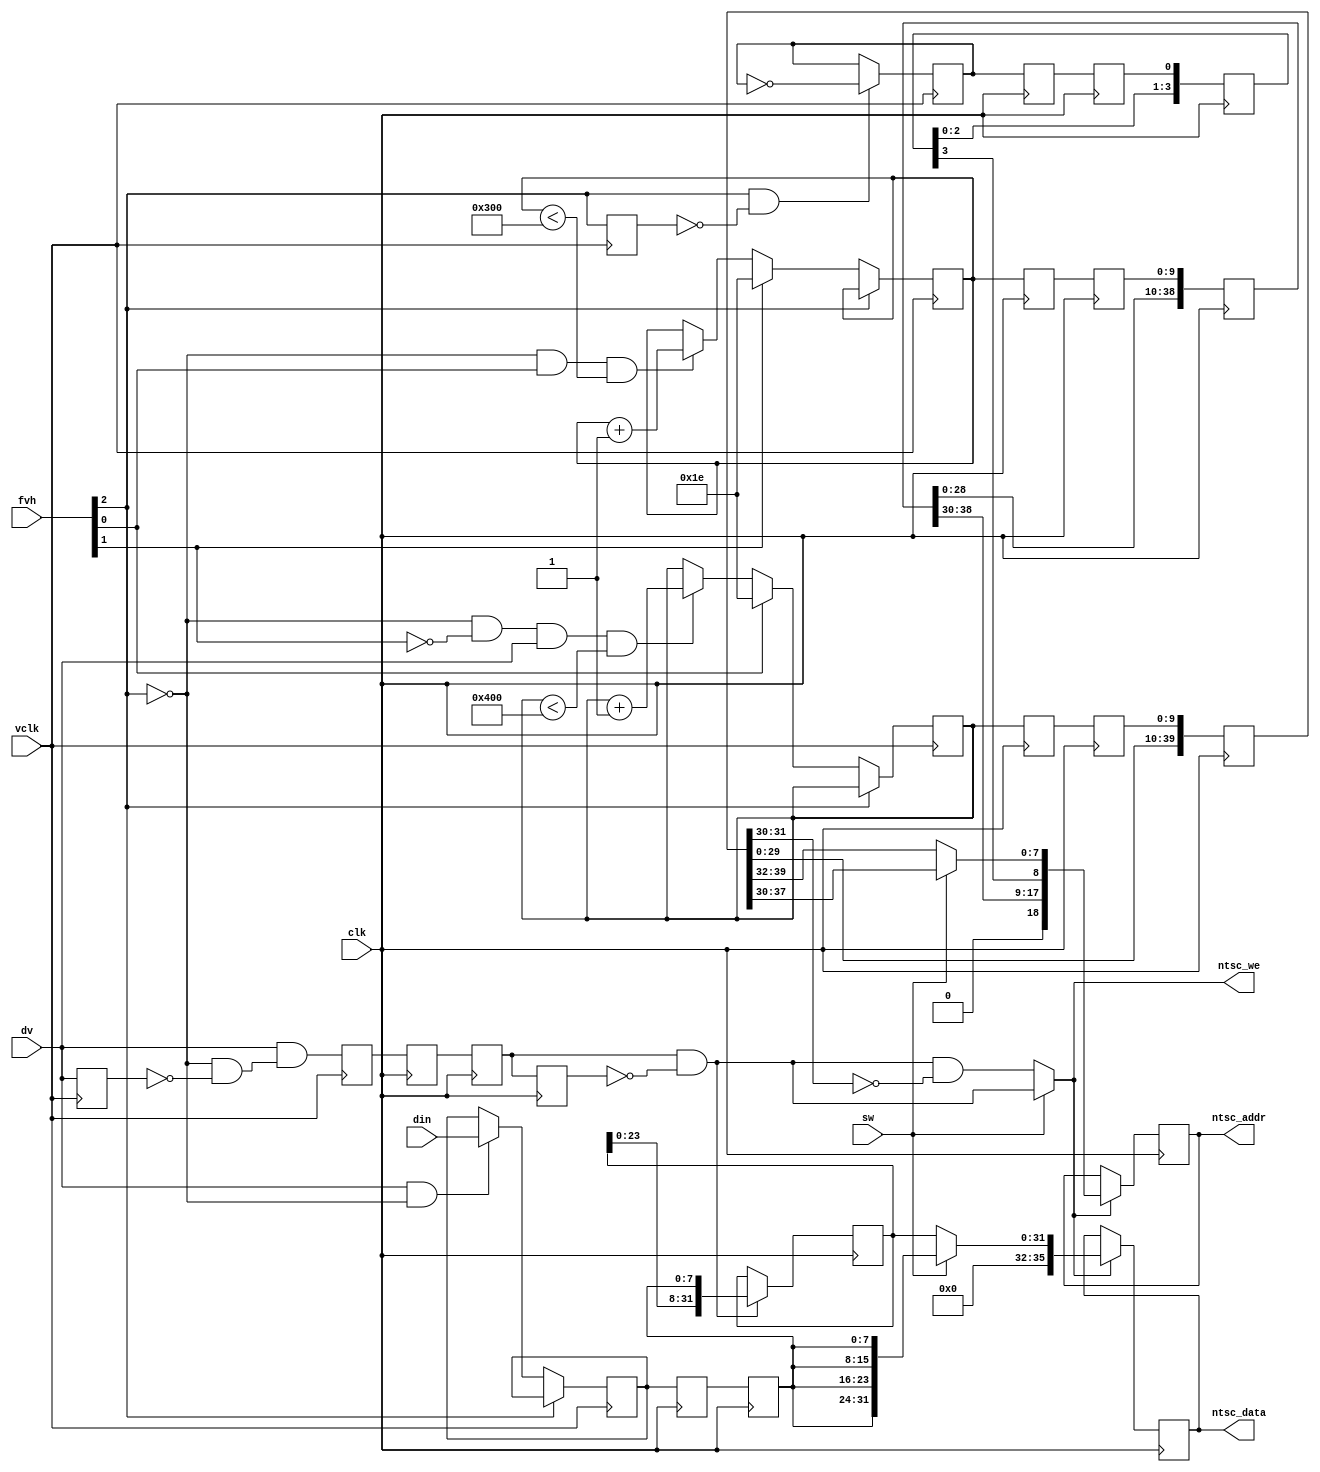
module ntsc_to_zbt(clk, vclk, fvh, dv, din, ntsc_addr, ntsc_data, ntsc_we, sw);
   input 	 clk;	
   input 	 vclk;	
   input [2:0] 	 fvh;
   input 	 dv;
   input [7:0] 	 din;
   output [18:0] ntsc_addr;
   output [35:0] ntsc_data;
   output 	 ntsc_we;	
   input 	 sw;		
   parameter 	 COL_START = 10'd30;
   parameter 	 ROW_START = 10'd30;
   reg [9:0] 	 col = 0;
   reg [9:0] 	 row = 0;
   reg [7:0] 	 vdata = 0;
   reg 		 vwe;
   reg 		 old_dv;
   reg 		 old_frame;	
   reg 		 even_odd;	
   wire 	 frame = fvh[2];
   wire 	 frame_edge = frame & ~old_frame;
   always @ (posedge vclk) 
     begin
	old_dv <= dv;
	vwe <= dv && !fvh[2] & ~old_dv; 
	old_frame <= frame;
	even_odd = frame_edge ? ~even_odd : even_odd;
	if (!fvh[2])
	  begin
	     col <= fvh[0] ? COL_START : 
		    (!fvh[2] && !fvh[1] && dv && (col < 1024)) ? col + 1 : col;
	     row <= fvh[1] ? ROW_START : 
		    (!fvh[2] && fvh[0] && (row < 768)) ? row + 1 : row;
	     vdata <= (dv && !fvh[2]) ? din : vdata;
	  end
     end
   reg [9:0] x[1:0],y[1:0];
   reg [7:0] data[1:0];
   reg       we[1:0];
   reg 	     eo[1:0];
   always @(posedge clk)
     begin
	{x[1],x[0]} <= {x[0],col};
	{y[1],y[0]} <= {y[0],row};
	{data[1],data[0]} <= {data[0],vdata};
	{we[1],we[0]} <= {we[0],vwe};
	{eo[1],eo[0]} <= {eo[0],even_odd};
     end
   reg old_we;
   wire we_edge = we[1] & ~old_we;
   always @(posedge clk) old_we <= we[1];
   reg [31:0] mydata;
   always @(posedge clk)
     if (we_edge)
       mydata <= { mydata[23:0], data[1] };
   reg [39:0] x_delay;
   reg [39:0] y_delay;
   reg [3:0] we_delay;
   reg [3:0] eo_delay;
   always @ (posedge clk)
   begin
     x_delay <= {x_delay[29:0], x[1]};
     y_delay <= {y_delay[29:0], y[1]};
     we_delay <= {we_delay[2:0], we[1]};
     eo_delay <= {eo_delay[2:0], eo[1]};
   end
   wire [8:0] y_addr = y_delay[38:30];
	wire [9:0] x_addr = x_delay[39:30];
   wire [18:0] myaddr = {1'b0, y_addr[8:0], eo_delay[3], x_addr[9:2]};
   wire [31:0] mydata2 = {data[1],data[1],data[1],data[1]};
   wire [18:0] myaddr2 = {1'b0, y_addr[8:0], eo_delay[3], x_addr[7:0]};
   reg [18:0] ntsc_addr;
   reg [35:0] ntsc_data;
   wire       ntsc_we = sw ? we_edge : (we_edge & (x_delay[31:30]==2'b00));
   always @(posedge clk)
     if ( ntsc_we )
       begin
	  ntsc_addr <= sw ? myaddr2 : myaddr;	
	  ntsc_data <= sw ? {4'b0,mydata2} : {4'b0,mydata};
       end
endmodule